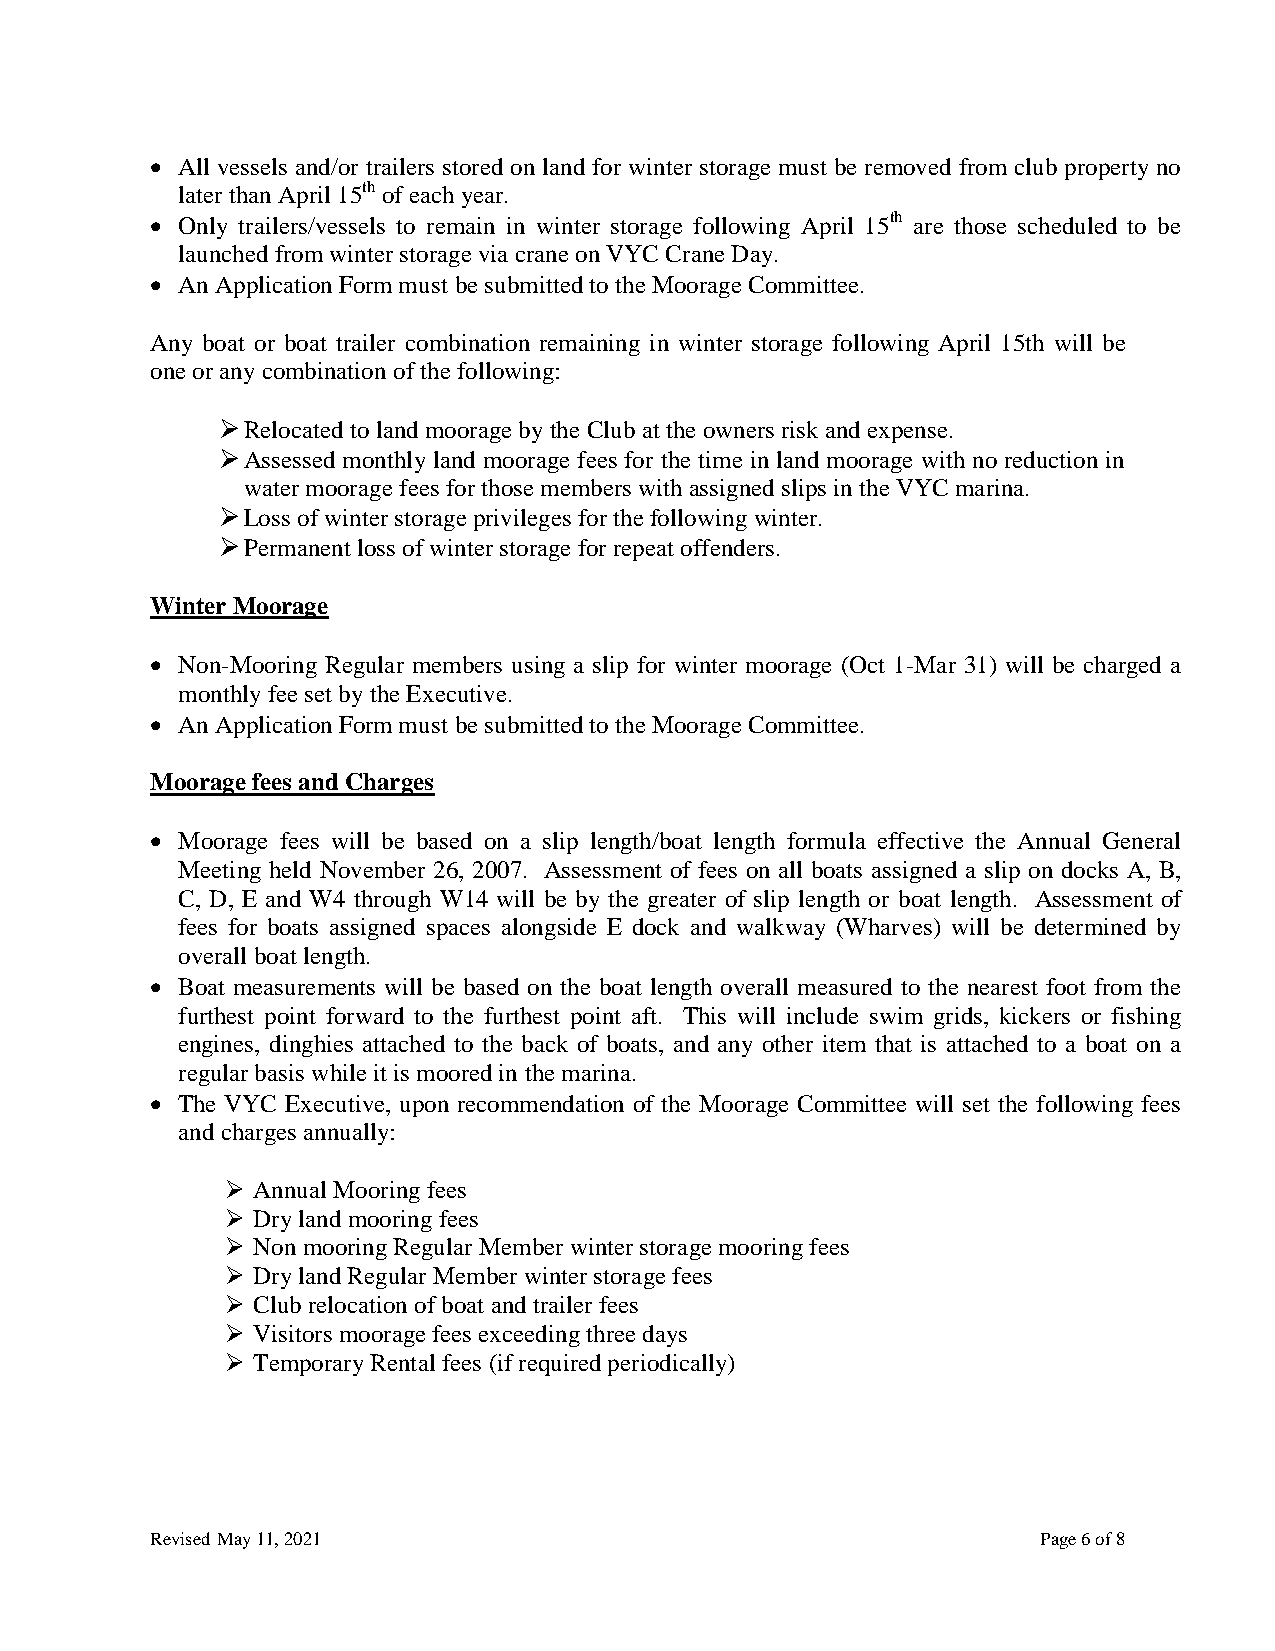
 All vessels and/or trailers stored on land for winter storage must be removed from club property no
 later than April 15th of each year.
  Only trailers/vessels to remain in winter storage following April 15th are those scheduled to be
 launched from winter storage via crane on VYC Crane Day.
  An Application Form must be submitted to the Moorage Committee.
 Any boat or boat trailer combination remaining in winter storage following April 15th will be
 one or any combination of the following:
  Relocated to land moorage by the Club at the owners risk and expense.
  Assessed monthly land moorage fees for the time in land moorage with no reduction in
 water moorage fees for those members with assigned slips in the VYC marina.
  Loss of winter storage privileges for the following winter.
  Permanent loss of winter storage for repeat offenders.
 Winter Moorage
  Non-Mooring Regular members using a slip for winter moorage (Oct 1-Mar 31) will be charged a
 monthly fee set by the Executive.
  An Application Form must be submitted to the Moorage Committee.
 Moorage fees and Charges
  Moorage fees will be based on a slip length/boat length formula effective the Annual General
 Meeting held November 26, 2007. Assessment of fees on all boats assigned a slip on docks A, B,
 C, D, E and W4 through W14 will be by the greater of slip length or boat length. Assessment of
 fees for boats assigned spaces alongside E dock and walkway (Wharves) will be determined by
 overall boat length.
  Boat measurements will be based on the boat length overall measured to the nearest foot from the
 furthest point forward to the furthest point aft. This will include swim grids, kickers or fishing
 engines, dinghies attached to the back of boats, and any other item that is attached to a boat on a
 regular basis while it is moored in the marina.
  The VYC Executive, upon recommendation of the Moorage Committee will set the following fees
 and charges annually:
  Annual Mooring fees
  Dry land mooring fees
  Non mooring Regular Member winter storage mooring fees
  Dry land Regular Member winter storage fees
  Club relocation of boat and trailer fees
  Visitors moorage fees exceeding three days
  Temporary Rental fees (if required periodically)
 Revised May 11, 2021                                       Page 6 of 8